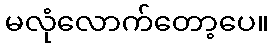
မလုံလောက်တော့ပေ။